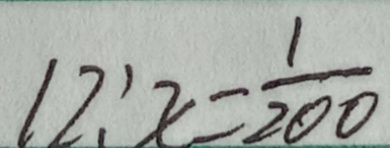
1 2 : x = \frac { 1 } { 2 0 0 }